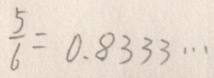
\frac { 5 } { 6 } = 0 . 8 3 3 3 \cdots